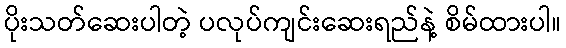
ပိုးသတ်ဆေးပါတဲ့ ပလုပ်ကျင်းဆေးရည်နဲ့ စိမ်ထားပါ။